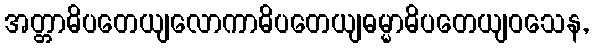
အတ္တာဓိပတေယျလောကာဓိပတေယျဓမ္မာဓိပတေယျဝသေန,